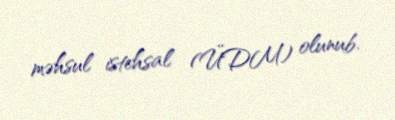
məhsul istehsal (ÜDM) olunub.